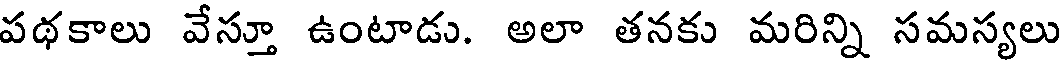
పథకాలు వేస్తూ ఉంటాడు. అలా తనకు మరిన్ని సమస్యలు